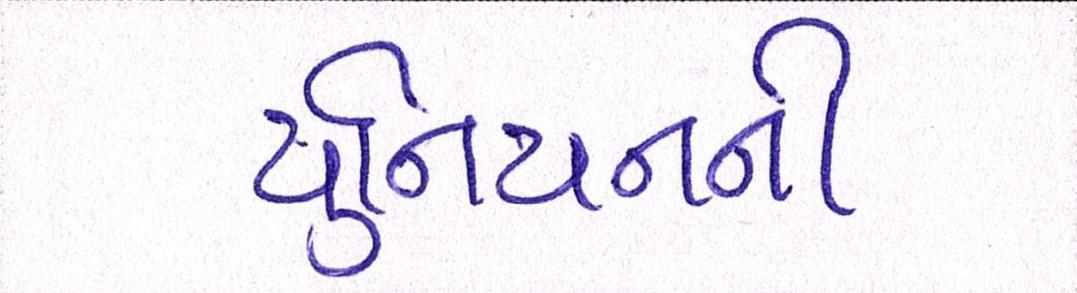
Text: યુનિયનની